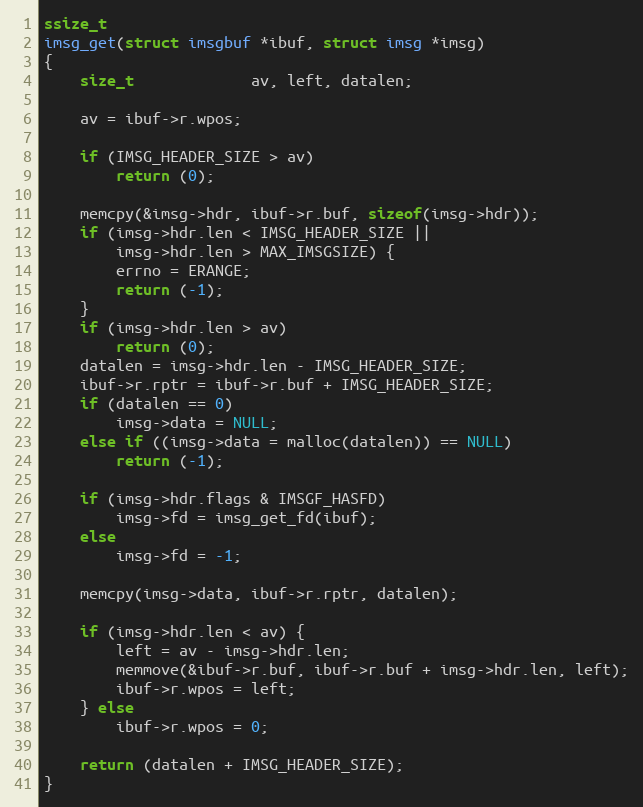
Language: C
ssize_t
imsg_get(struct imsgbuf *ibuf, struct imsg *imsg)
{
	size_t			 av, left, datalen;

	av = ibuf->r.wpos;

	if (IMSG_HEADER_SIZE > av)
		return (0);

	memcpy(&imsg->hdr, ibuf->r.buf, sizeof(imsg->hdr));
	if (imsg->hdr.len < IMSG_HEADER_SIZE ||
	    imsg->hdr.len > MAX_IMSGSIZE) {
		errno = ERANGE;
		return (-1);
	}
	if (imsg->hdr.len > av)
		return (0);
	datalen = imsg->hdr.len - IMSG_HEADER_SIZE;
	ibuf->r.rptr = ibuf->r.buf + IMSG_HEADER_SIZE;
	if (datalen == 0)
		imsg->data = NULL;
	else if ((imsg->data = malloc(datalen)) == NULL)
		return (-1);

	if (imsg->hdr.flags & IMSGF_HASFD)
		imsg->fd = imsg_get_fd(ibuf);
	else
		imsg->fd = -1;

	memcpy(imsg->data, ibuf->r.rptr, datalen);

	if (imsg->hdr.len < av) {
		left = av - imsg->hdr.len;
		memmove(&ibuf->r.buf, ibuf->r.buf + imsg->hdr.len, left);
		ibuf->r.wpos = left;
	} else
		ibuf->r.wpos = 0;

	return (datalen + IMSG_HEADER_SIZE);
}